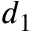
d _ { 1 }